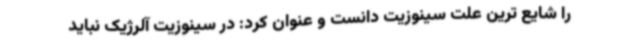
را شایع ترین علت سینوزیت دانست و عنوان کرد: در سینوزیت آلرژیک نباید